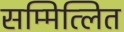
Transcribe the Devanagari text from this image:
सम्मित्लित